Lunatic asylums Punjab 1881-1894 - 1881-1894
Year: 1881
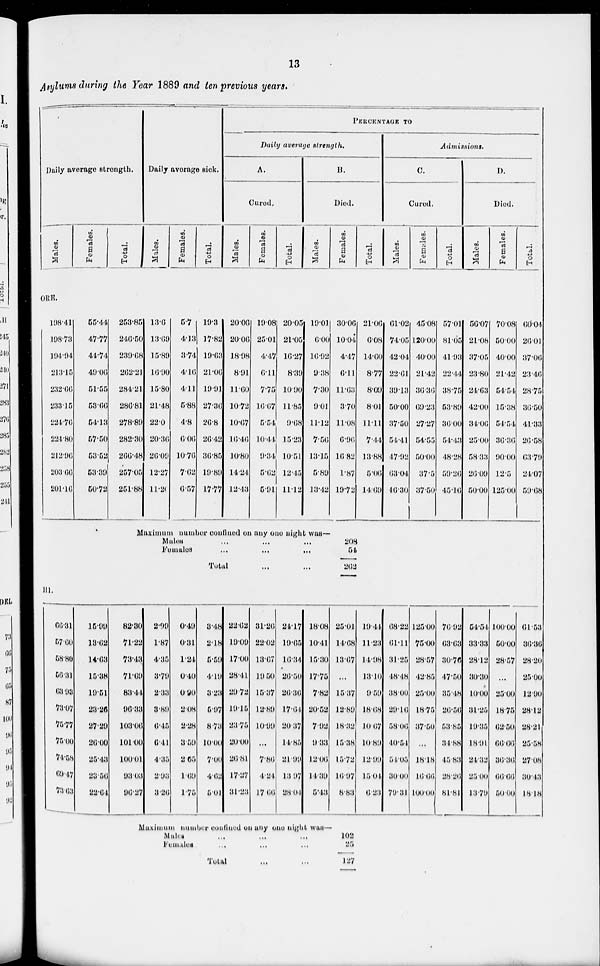
13
Asylums during the Year 1889 and ten previous years.
Daily average strength.
Males.
Females.
Total.
Daily average sick.
Males.
Females.
Total.
PERCENTAGE TO
Daily average strength.
A.
Cured.
Males.
Females.
Total.
B.
Died.
Males.
Females.
Total.
Admissions.
C.
Cured.
Males.
Females.
Total.
D.
Died.
Males.
Females.
Total.
ORE.
198.44
198.73
194.94
213.15
232.66
233.15
224.76
224.80
212.96
203.66
201.16
55.44
47.77
44.74
49.06
51.55
53.66
54.13
57.50
53.52
53.39
50.72
253.85
246.50
239.68
262.21
284.21
286.81
278.89
282.30
266.48
257.05
251.88
13.6
13.60
15.89
16.90
15.80
21.48
22.0
20.36
26.09
12.27
11.20
5.7
4.13
3.74
4.16
4.11
5.88
4.8
6.06
10.76
7.62
6.57
19.3
17.82
19.63
21.06
19.91
27.36
26.8
26.42
36.85
19.89
17.77
20.06
20.06
18.98
8.91
11.60
10.72
10.67
16.40
10.80
14.24
12.43
19.08
25.01
4.47
6.11
7.75
16.67
5.54
10.44
9.34
5.62
5.91
20.05
21.05
16.27
8.39
10.90
11.85
9.68
15.23
10.51
12.45
11.12
19.01
6.00
16.92
9.38
7.30
9.01
11.12
7.56
13.15
5.89
13.42
30.06
10.04
4.47
6.11
11.63
3.70
11.08
6.96
16.82
1.87
19.72
21.06
6.08
14.60
8.77
8.09
8.01
11.11
7.44
13.88
5.06
14.69
61.02
74.05
42.04
22.61
39.13
50.00
37.50
54.41
47.92
63.04
46.30
45.08
120.00
40.00
21.42
36.36
69.23
27.27
54.55
50.00
37.5
37.50
57.01
81.05
41 03
22.44
38.75
53.89
36.00
54.43
48.28
59.26
45.16
56.07
21.08
37.05
23.80
24.63
42.00
34.06
25.00
58.33
26.09
50.00
70.08
50.00
40.00
21.42
54.54
15.38
54.54
36.36
90.00
12.5
125.00
60.04
26.01
37.06
23.46
28.75
36.50
41.33
26.58
63.79
24.07
59.68
Maximum number confined on any one night was—
Males ... ... ...
Females
...
...
...
Total ...
208
54
262
III.
66.31
57.60
58.80
56.31
63.93
73.07
75.77
75.00
74.58
69.47
73.63
15.99
13.62
14.63
15.38
19.51
23.26
27.29
26.00
25.43
23.56
22.64
82.30
71.22
73.43
71.69
83.44
96.33
103.06
101.00
100.01
93.03
96.27
2.99
1.87
4.35
3.79
2.33
3.89
6.45
6.41
4.35
2.93
3.26
0.49
0.31
1.24
0.40
0.90
2.08
2.28
3.50
2.65
1.69
1.75
3.48
2.18
5.59
4.19
3.23
5.97
8.73
10.00
7.00
4.62
5.01
22.62
19.09
17.00
28.41
29.72
19.15
23.75
20.00
26.81
17.27
31.23
31.26
22.02
13.67
19.50
15.37
12.80
10.99
...
7.86
4.24
17.66
24.17
19.65
16.34
26.50
26.36
17.64
20 37
14.85
21.99
13.97
28.04
18.08
10.41
15.30
17.75
7.82
20.52
7.92
9.33
12.06
14.39
5.43
25.01
14.08
13.67
...
15.37
12.89
18.32
15.38
15.72
16.97
8.83
19.44
11.23
14.98
13.10
9.59
18.68
10.67
10.89
12.99
15.04
6.23
68.22
61.11
31.25
48.48
38.00
29.16
58.06
40.54
54.05
30.00
79.31
125.00
75.00
28.57
42.85
25.00
18.75
37.50
...
18.18
16.66
100.00
76.92
63.63
30.76
47.50
35.48
26.56
53.85
34.88
15.83
28.26
81.81
54.54
33.33
28.12
30.30
10.00
31.25
19.35
18.91
24.32
25.00
13.79
100.00
50.00
28.57
...
25.00
18.75
62.50
66.66
36.36
66.66
50.00
61.53
36.36
28.20
25.00
12.90
28.12
28.21
25.58
27.08
30.43
18.18
Maximum number confine'd on any one night was—
Males. ... ... ...
Females ... ... ...
Total ...
102
25
127